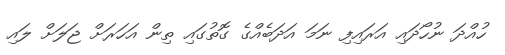
ހުއްދަ ނުހޯދައި އަރައިފި ނަމަ އަދަބެއްގެ ގޮތުގައި ތިން އަހަރަށް ޖަލަށް ލައި